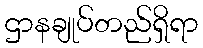
ဌာနချုပ်တည်ရှိရာ